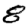
Digit: 8